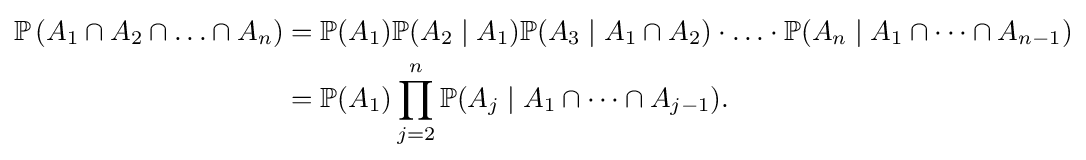
{\begin{aligned}\mathbb {P} \left(A_{1}\cap A_{2}\cap \ldots \cap A_{n}\right)&=\mathbb {P} (A_{1})\mathbb {P} (A_{2}\mid A_{1})\mathbb {P} (A_{3}\mid A_{1}\cap A_{2})\cdot \ldots \cdot \mathbb {P} (A_{n}\mid A_{1}\cap \dots \cap A_{n-1})\\&=\mathbb {P} (A_{1})\prod _{j=2}^{n}\mathbb {P} (A_{j}\mid A_{1}\cap \dots \cap A_{j-1}).\end{aligned}}